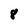
Character: 8